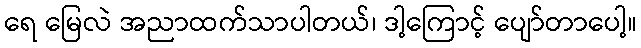
ရေ မြေလဲ အညာထက်သာပါတယ်၊ ဒါ့ကြောင့် ပျော်တာပေါ့။